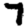
Digit: 7